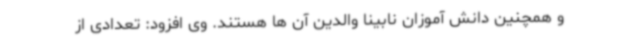
و همچنین دانش آموزان نابینا والدین آن ها هستند. وی افزود: تعدادی از